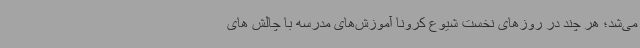
می‌شد؛ هر چند در روزهای نخست شیوع کرونا آموزش‌های مدرسه با چالش های